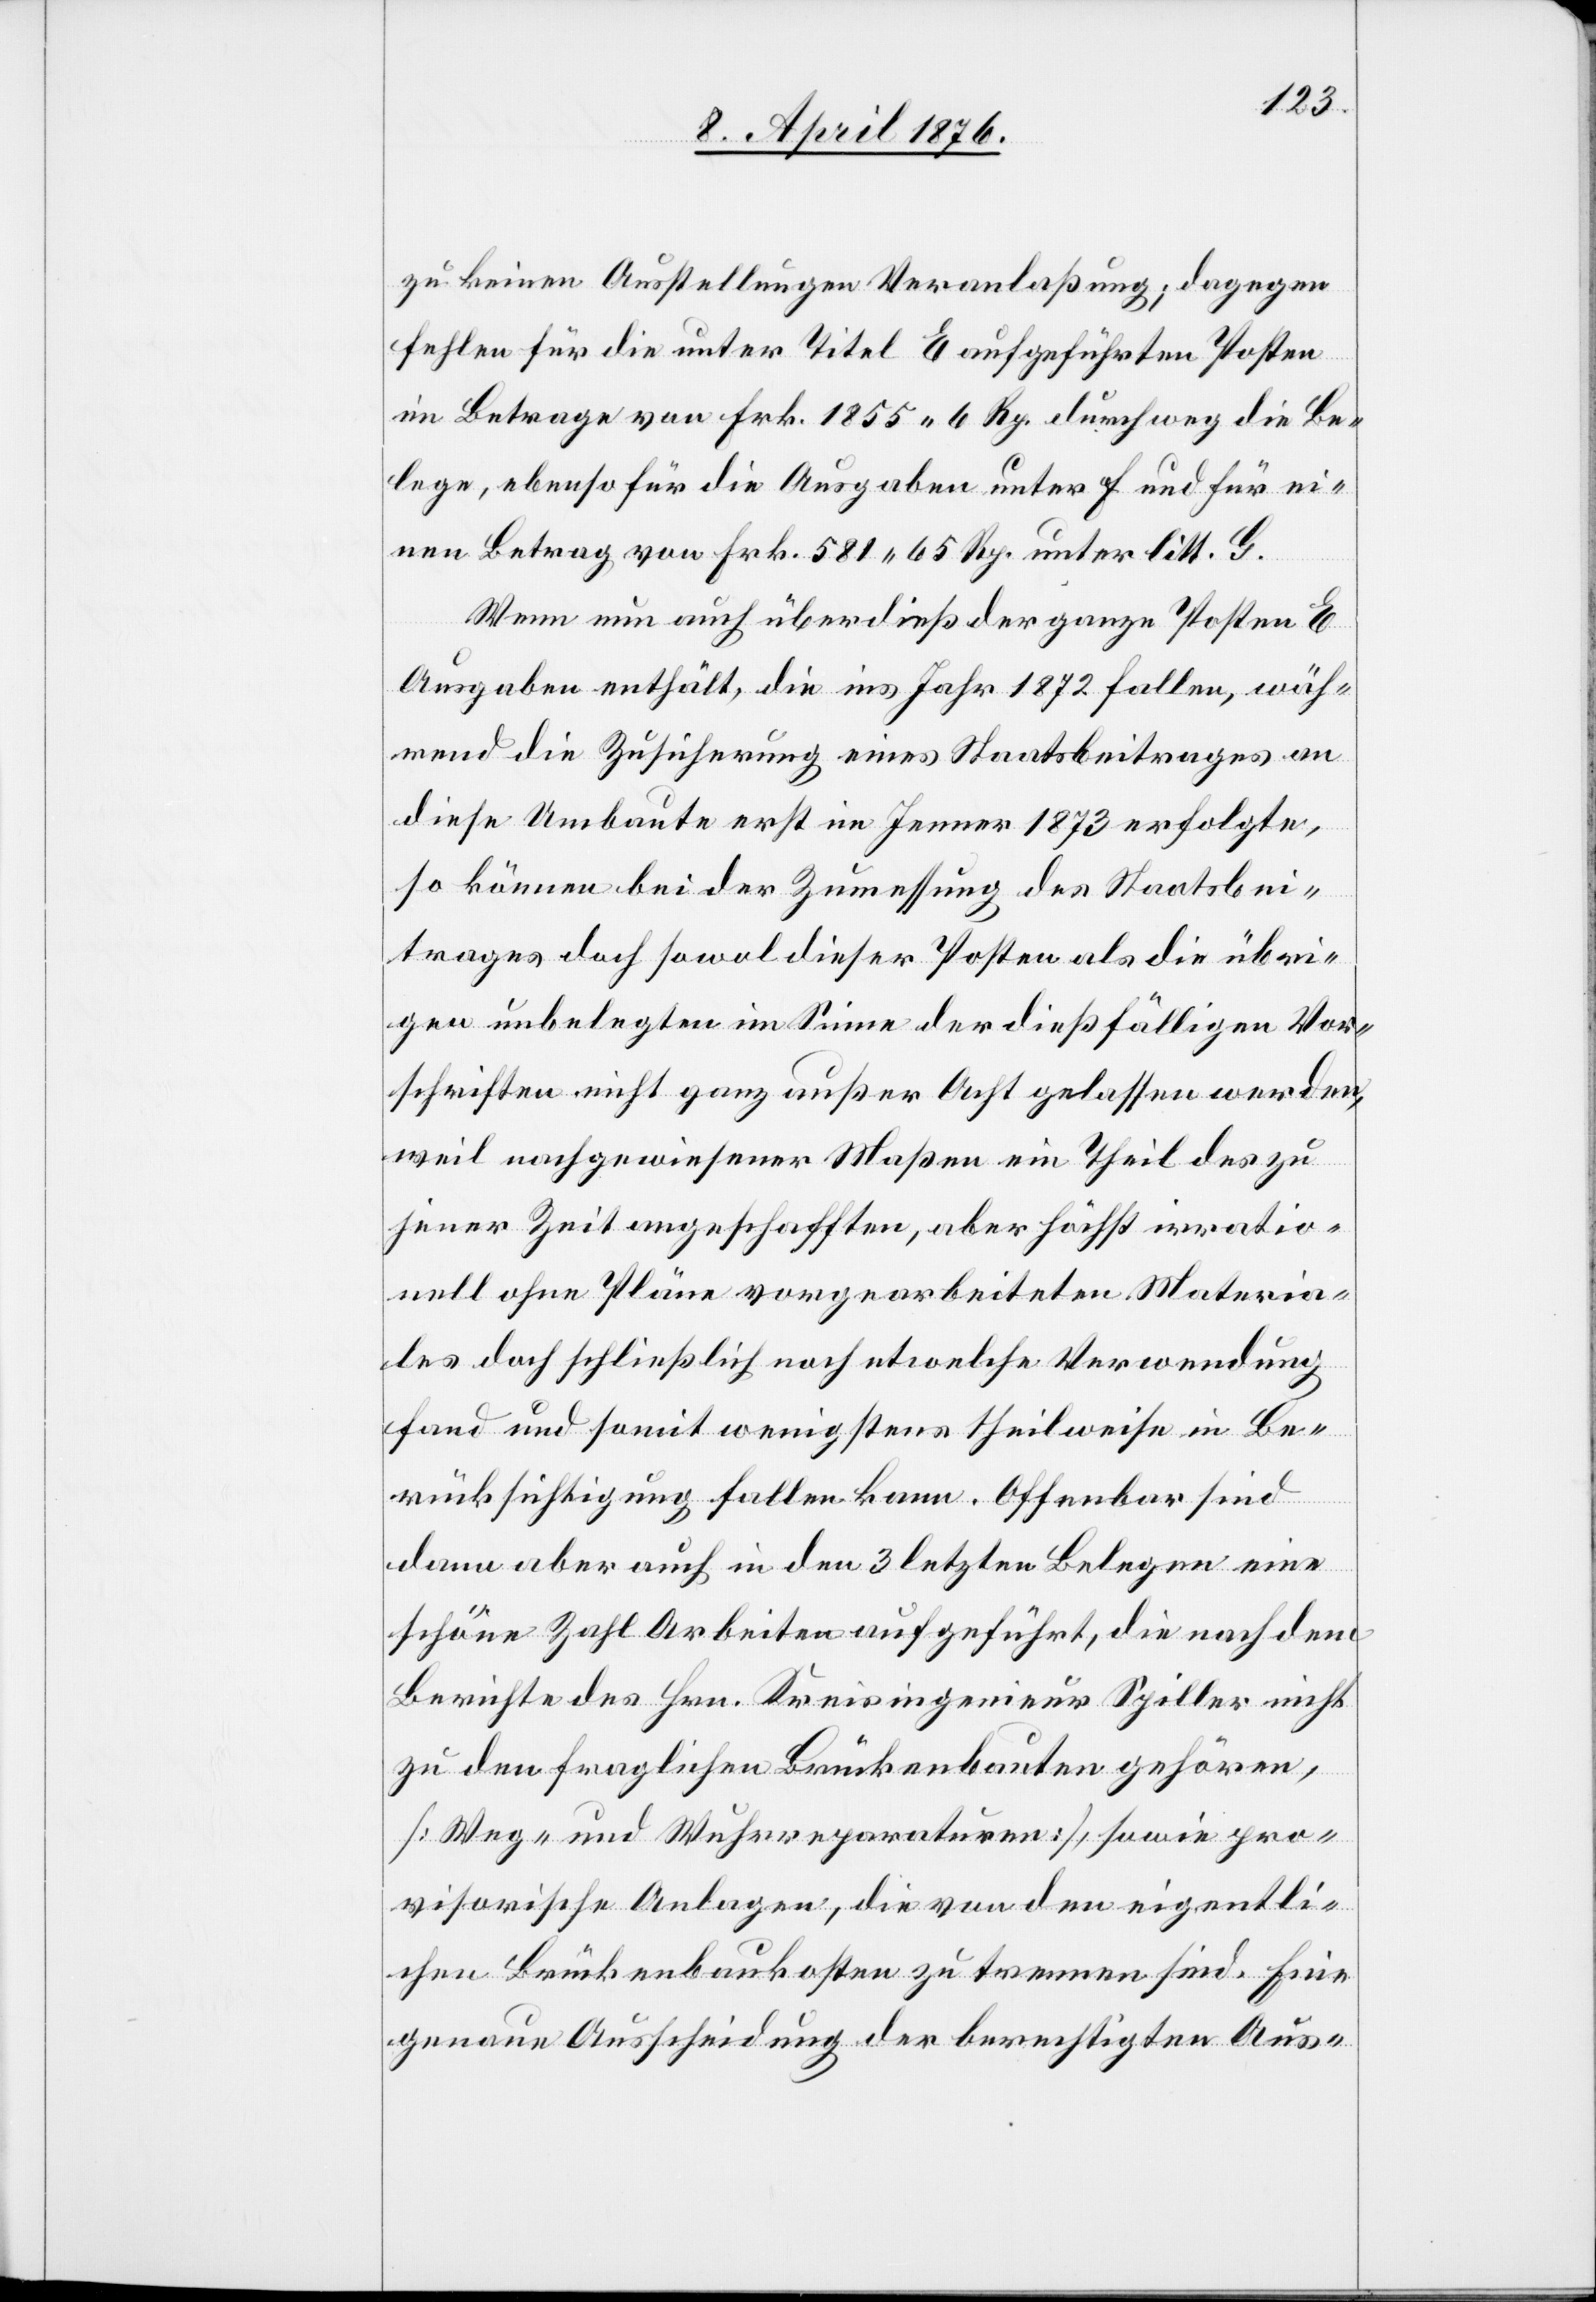
zu keinen Ausstellungen Veranlaßung; dagegen
fehlen für die unter Titel E aufgeführten Posten
im Betrage von Frk. 1855 6 Rp. durchweg die Be¬
lege, ebenso für die Ausgaben unter F und für ei¬
nen Betrag von Frk. 581 65 Rp. unter litt. G.
Wenn nun auch überdieß der ganze Posten E
Ausgaben enthält, die ins Jahr 1872 fallen, wäh¬
rend die Zusicherung eines Staatsbeitrages an
diese Umbaute erst im Jenner 1873 erfolgte,
so können bei der Zumessung des Staatsbei¬
trages doch sowol dieser Posten als die übri¬
gen unbelegten im Sinne der dießfälligen Vor¬
schriften nicht ganz außer Acht gelassen werden,
weil nachgewiesener Maßen ein Theil des zu
seiner Zeit angeschafften, aber höchst irratio¬
nell ohne Pläne vorgearbeiteten Materia¬
ls doch schließlich noch entwelche Verwendung
fand und somit wenigstens theilweise in Be¬
rücksichtigung fallen kann. Offenbar sind
dann aber auch in den 3 letzten Belegen eine
schöne Zahl Arbeiten aufgeführt, die nach dem
Berichte des Hrn. Kreisingenieur Spiller nicht
zu den fraglichen Brückenbauten gehören,
[Weg- und Wehrreparaturen], sowie pro¬
visorische Anlagen, die von den eigentli¬
chen Brückenbaukosten zu trennen sind. Eine
genaue Ausscheidung der berechtigten Aus-